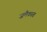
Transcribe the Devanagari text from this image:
जमैकात